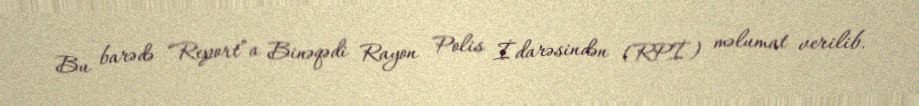
Bu barədə “Report”a Binəqədi Rayon Polis İdarəsindən (RPİ) məlumat verilib.